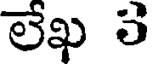
లేఖ 3